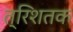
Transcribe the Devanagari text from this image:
त्रिशतक